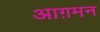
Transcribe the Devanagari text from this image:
आग़मन